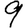
Digit: 9